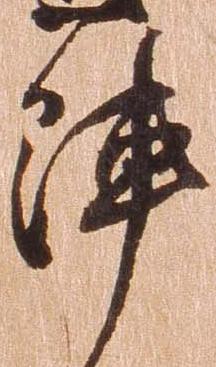
陣